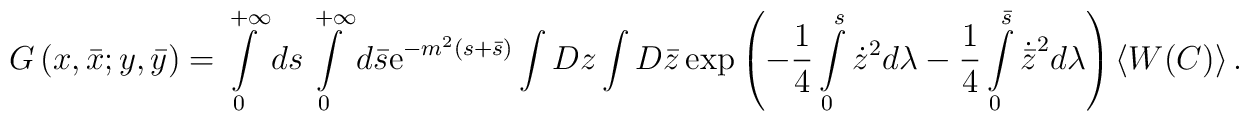
G\left(x,\bar x;y,\bar y\right)=\int\limits_0^{+\infty}ds\int\limits_0^{+\infty}d\bar s{\rm e}^{-m^2\left(s+\bar s\right)}\int Dz\int D\bar z\exp\left(-\frac14\int\limits_0^s\dot z^2 d\lambda-\frac14\int\limits_0^{\bar s}\dot{\bar z}^2d\lambda\right)\left<W(C)\right>.